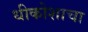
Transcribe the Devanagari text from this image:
धीकोशाचा